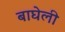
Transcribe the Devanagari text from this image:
बाघेली